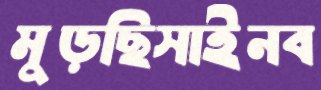
মুড়ছিসাইনব